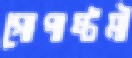
গোপাষ্টমী